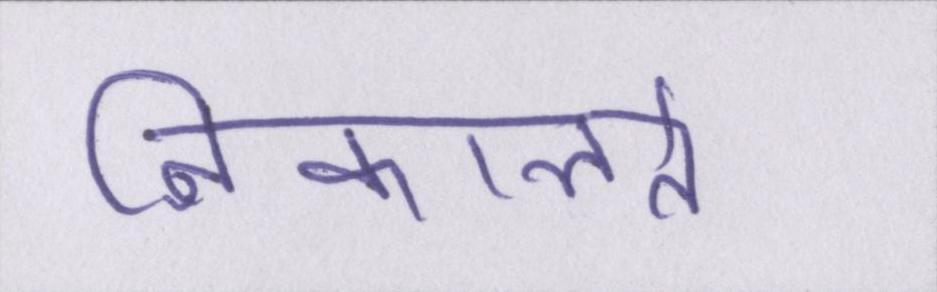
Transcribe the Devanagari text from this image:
निकालते